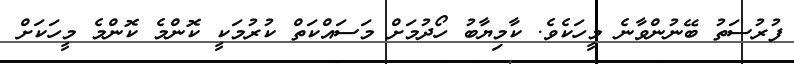
ފުރުސަތު ބޭނުންވާނެ މީހަކެވެ. ކާމިޔާބު ހޯދުމަށް މަސައްކަތް ކުރުމަކީ ކޮންމެ ކޮންމެ މީހަކަށް